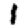
Digit: 1